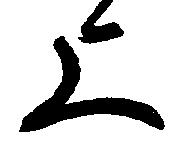
上